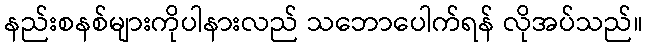
နည်းစနစ်များကိုပါနားလည် သဘောပေါက်ရန် လိုအပ်သည်။